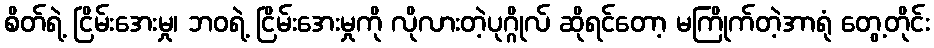
စိတ်ရဲ့ ငြိမ်းအေးမှု၊ ဘဝရဲ့ ငြိမ်းအေးမှုကို လိုလားတဲ့ပုဂ္ဂိုလ် ဆိုရင်တော့ မကြိုက်တဲ့အာရုံ တွေ့တိုင်း